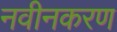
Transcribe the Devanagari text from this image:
नवीनकरण